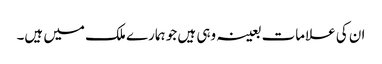
ان کی علامات بعینہ وہی ہیں جو ہمارے ملک میں ہیں۔